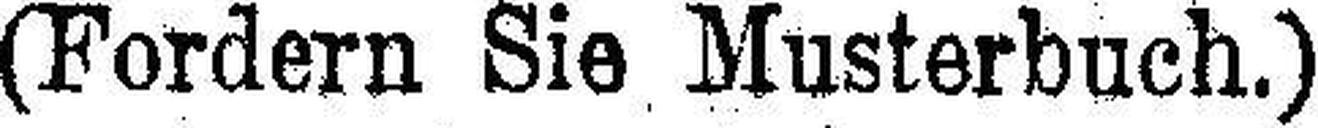
(Fordern Sie Musterbuch.)